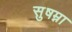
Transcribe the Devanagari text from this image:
सुषम्ना